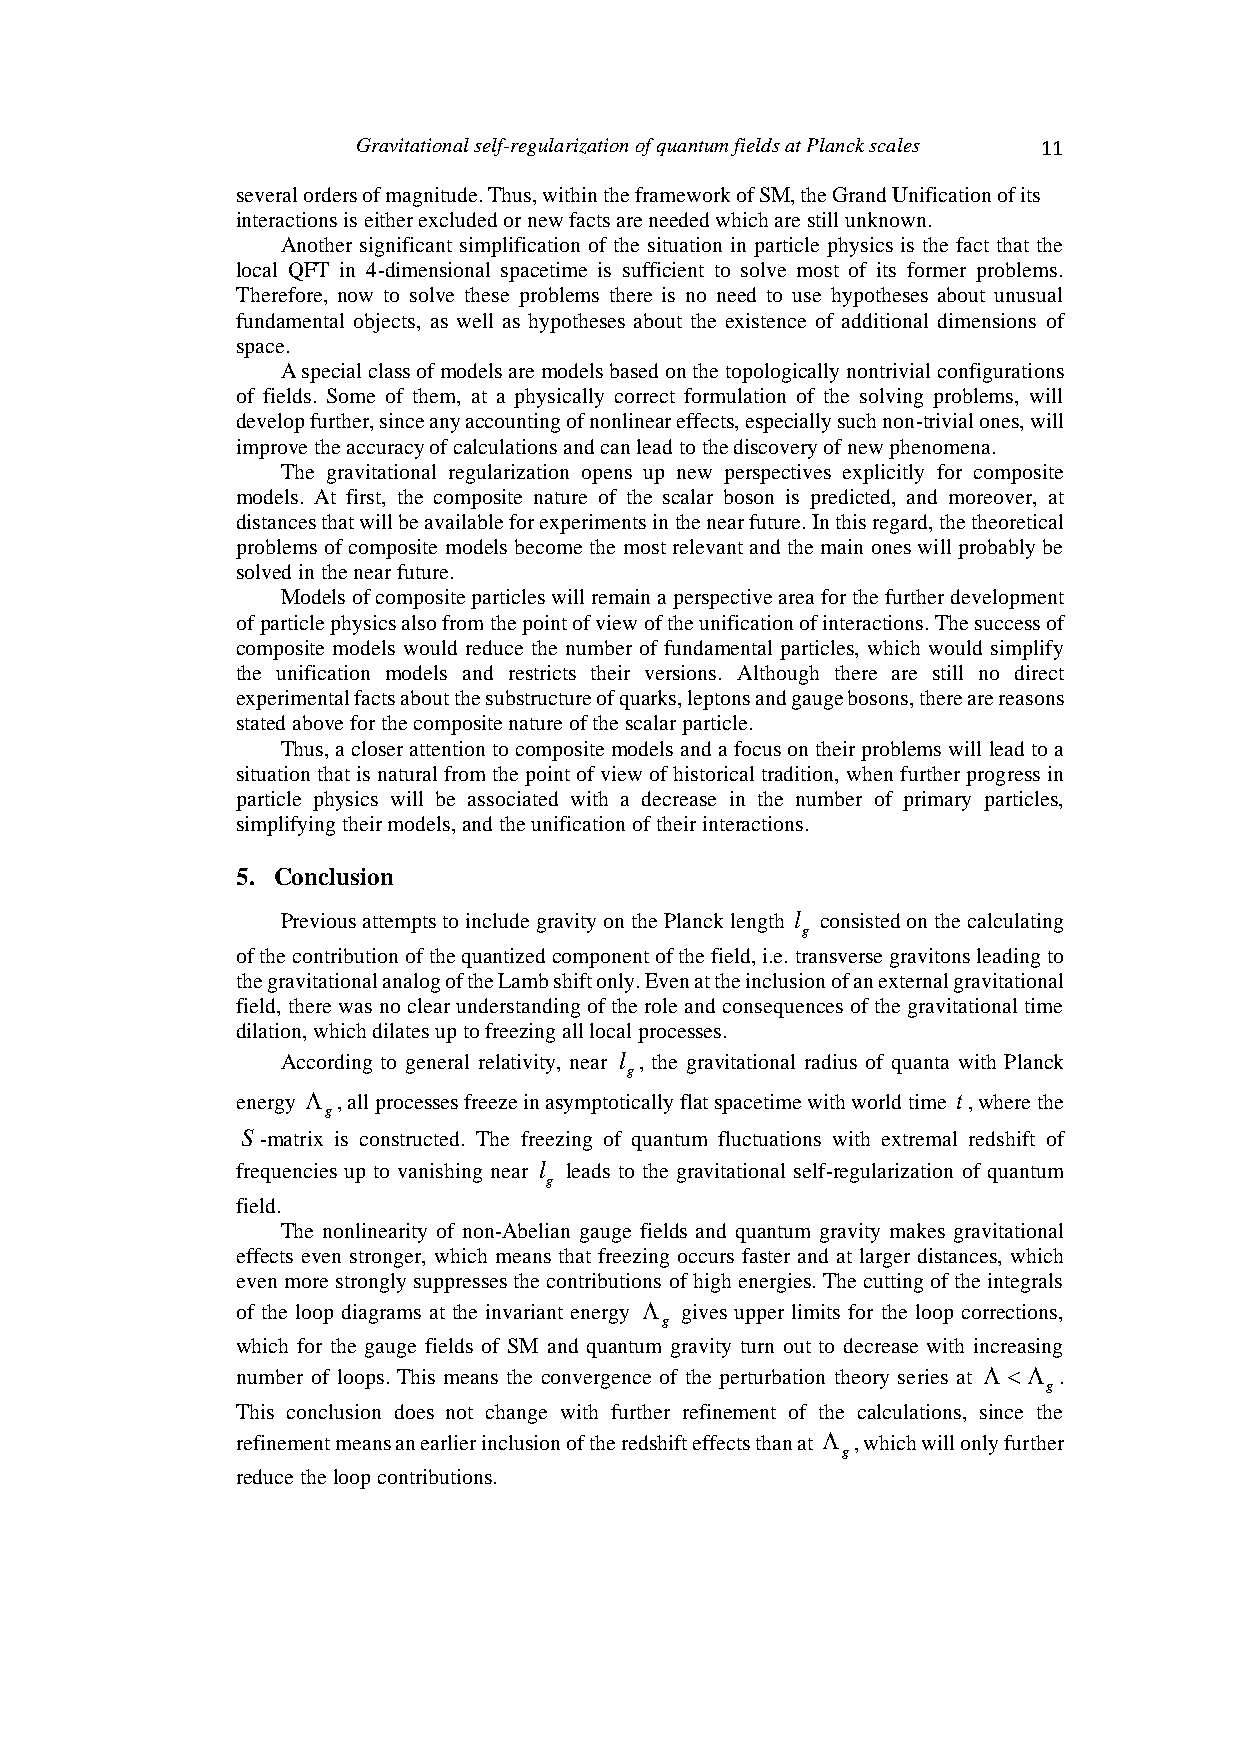
Gravitational self-regularization of quantum fields at Planck scales 1 1
 several orders of magnitude. Thus, within the framework of SM, the Grand Unification of its
 interactions is either excluded or new facts are needed which are still unknown.
 Another significant simplification of the situation in particle physics is the fact that the
 local QFT in 4-dimensional spacetime is sufficient to solve most of its former problems.
 Therefore, now to solve these problems there is no need to use hypotheses about unusual
 fundamental objects, as well as hypotheses about the existence of additional dimensions of
 space.
 A special class of models are models based on the topologically nontrivial configurations
 of fields. Some of them, at a physically correct formulation of the solving problems, will
 develop further, since any accounting of nonlinear effects, especially such non-trivial ones, will
 improve the accuracy of calculations and can lead to the discovery of new phenomena.
 The gravitational regularization opens up new perspectives explicitly for composite
 models. At first, the composite nature of the scalar boson is predicted, and moreover, at
 distances that will be available for experiments in the near future. In this regard, the theoretical
 problems of composite models become the most relevant and the main ones will probably be
 solved in the near future.
 Models of composite particles will remain a perspective area for the further development
 of particle physics also from the point of view of the unification of interactions. The success of
 composite models would reduce the number of fundamental particles, which would simplify
 the unification models and restricts their versions. Although there are still no direct
 experimental facts about the substructure of quarks, leptons and gauge bosons, there are reasons
 stated above for the composite nature of the scalar particle.
 Thus, a closer attention to composite models and a focus on their problems will lead to a
 situation that is natural from the point of view of historical tradition, when further progress in
 particle physics will be associated with a decrease in the number of primary particles,
 simplifying their models, and the unification of their interactions.
 5. Conclusion
 Previous attempts to include gravity on the Planck length l consisted on the calculating
 g
 of the contribution of the quantized component of the field, i.e. transverse gravitons leading to
 the gravitational analog of the Lamb shift only. Even at the inclusion of an external gravitational
 field, there was no clear understanding of the role and consequences of the gravitational time
 dilation, which dilates up to freezing all local processes.
 According to general relativity, near l , the gravitational radius of quanta with Planck
 g
 energy  , all processes freeze in asymptotically flat spacetime with world time t, where the
 g
 S -matrix is constructed. The freezing of quantum fluctuations with extremal redshift of
 frequencies up to vanishing near l leads to the gravitational self-regularization of quantum
 g
 field.
 The nonlinearity of non-Abelian gauge fields and quantum gravity makes gravitational
 effects even stronger, which means that freezing occurs faster and at larger distances, which
 even more strongly suppresses the contributions of high energies. The cutting of the integrals
 of the loop diagrams at the invariant energy  gives upper limits for the loop corrections,
 g
 which for the gauge fields of SM and quantum gravity turn out to decrease with increasing
 number of loops. This means the convergence of the perturbation theory series at  .
 g
 This conclusion does not change with further refinement of the calculations, since the
 refinement means an earlier inclusion of the redshift effects than at  , which will only further
 g
 reduce the loop contributions.